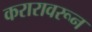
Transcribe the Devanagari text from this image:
करारावरून